Civil Veterinary Dept. Bombay admin report 1893-99 - 1893-1899
Year: 1893
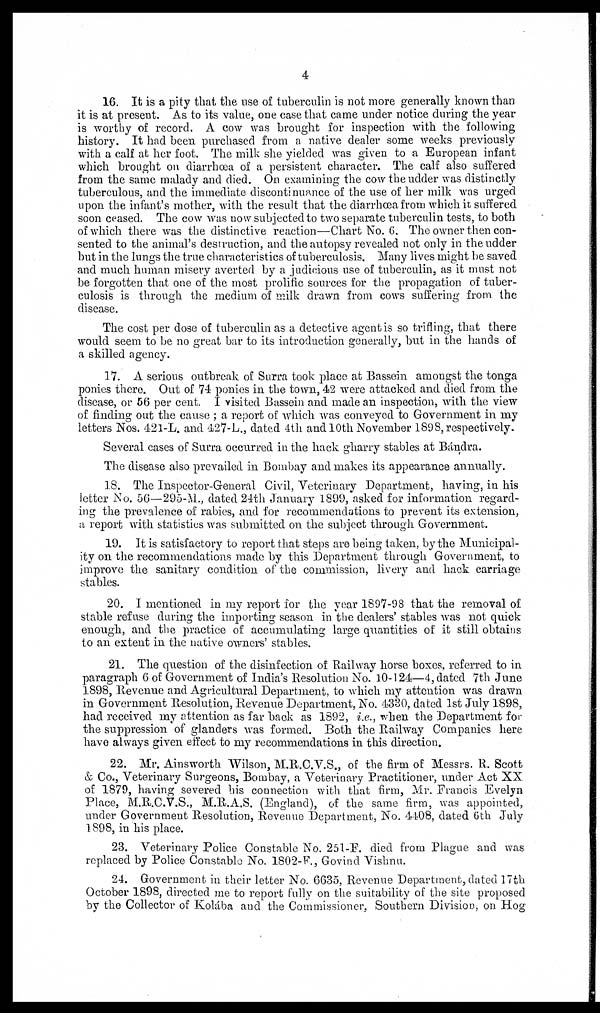
4
16. It is a pity that the use of tuberculin is not more generally known than
it is at present. As to its value, one case that came under notice during the year
is worthy of record. A cow was brought for inspection with the following
history. It had been purchased from a native dealer some weeks previously
with a calf at her foot. The milk she yielded was given to a European infant
which brought on diarrhœa of a persistent character. The calf also suffered
from the same malady and died. On examining the cow the udder was distinctly
tuberculous, and the immediate discontinuance of the use of her milk was urged
upon the infant's mother, with the result that the diarrhœa from which it suffered
soon ceased. The cow was now subjected to two separate tuberculin tests, to both
of which there was the distinctive reaction—Chart No. 6. The owner then con-
sented to the animal's destruction, and the autopsy revealed not only in the udder
but in the lungs the true characteristics of tuberculosis. Many lives might be saved
and much human misery averted by a judicious use of tuberculin, as it must not
be forgotten that one of the most prolific sources for the propagation of tuber-
culosis is through the medium of milk drawn from cows suffering from the
disease.
The cost per dose of tuberculin as a detective agent is so trifling, that there
would seem to be no great bar to its introduction generally, but in the hands of
a skilled agency.
17. A serious outbreak of Surra took place at Bassein amongst the tonga
ponies there. Out of 74 ponies in the town, 42 were attacked and died from the
disease, or 56 per cent. I visited Bassein and made an inspection, with the view
of finding out the cause ; a report of which was conveyed to Government in my
letters Nos. 421-L. and 427-L., dated 4th and 10th November 1898, respectively.
Several cases of Surra occurred in the hack gharry stables at Bándra.
The disease also prevailed in Bombay and makes its appearance annually.
18. The Inspector-General Civil, Veterinary Department, having, in his
letter No. 56—295-M., dated 24th January 1899, asked for information regard-
ing the prevalence of rabies, and for recommendations to prevent its extension,
a report with statistics was submitted on the subject through Government.
19. It is satisfactory to report that steps are being taken, by the Municipal-
ity on the recommendations made by this Department through Government, to
improve the sanitary condition of the commission, livery and hack carriage
stables.
20. I mentioned in my report for the year 1897-98 that the removal of
stable refuse during the importing season in the dealers' stables was not quick
enough, and the practice of accumulating large quantities of it still obtains
to an extent in the native owners' stables.
21. The question of the disinfection of Railway horse boxes, referred to in
paragraph 6 of Government of India's Resolution No. 10-124—4, dated 7th June
1898, Revenue and Agricultural Department, to which my attention was drawn
in Government Resolution, Revenue Department, No. 4330, dated 1st July 1898,
had received my attention as far back as 1892, i.e., when the Department for
the suppression of glanders was formed. Both the Railway Companies here
have always given effect to my recommendations in this direction.
22. Mr. Ainsworth Wilson, M.R.C.V.S., of the firm of Messrs. R. Scott
& Co., Veterinary Surgeons, Bombay, a Veterinary Practitioner, under Act XX
of 1879, having severed his connection with that firm, Mr. Francis Evelyn
Place, M.R.C.V.S., M.R.A.S. (England), of the same firm, was appointed,
under Government Resolution, Revenue Department, No. 4408, dated 6th July
1898, in his place.
23. Veterinary Police Constable No. 251-F. died from Plague and was
replaced by Police Constable No. 1802-F., Govind Vishnu.
24. Government in their letter No. 6635, Revenue Department, dated 17th
October 1898, directed me to report fully on the suitability of the site proposed
by the Collector of Kolába and the Commissioner, Southern Division, on Hog